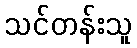
သင်တန်းသူ